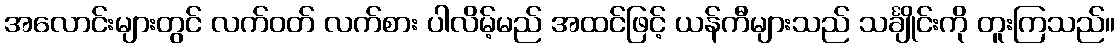
အလောင်းများတွင် လက်ဝတ် လက်စား ပါလိမ့်မည် အထင်ဖြင့် ယန်ကီများသည် သင်္ချိုင်းကို တူးကြသည်။